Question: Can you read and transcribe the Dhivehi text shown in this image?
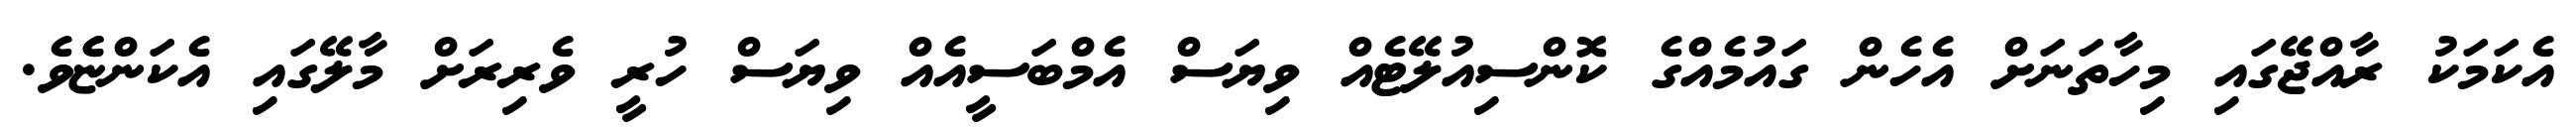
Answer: އެކަމަކު ރާއްޖޭގައި މިހާތަނަށް އެހެން ގައުމެއްގެ ކޮންސިއުލޭޓެއް ވިޔަސް އެމްބަސީއެއް ވިޔަސް ހުރީ ވެރިރަށް މާލޭގައި އެކަންޏެެވެ.